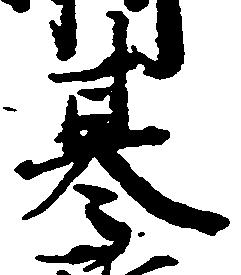
基